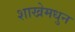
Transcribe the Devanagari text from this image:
शाखेमधुन